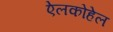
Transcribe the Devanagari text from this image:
ऐलकोहेल